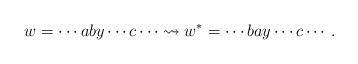
LaTeX: \begin{align*}w= \cdots aby \cdots c \cdots \rightsquigarrow w^*=\cdots bay \cdots c \cdots.\end{align*}